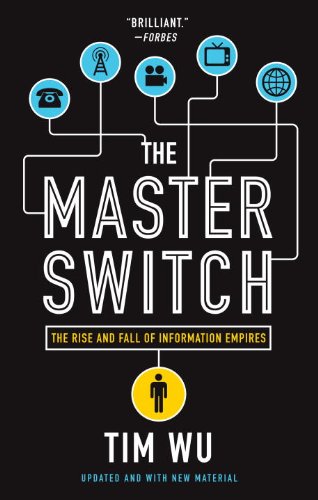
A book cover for The Master Switch: The Rise and Fall of Information Empires; Tim Wu; Business & Money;